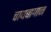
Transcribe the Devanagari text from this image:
चायबागान